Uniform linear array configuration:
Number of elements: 16
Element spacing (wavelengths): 1
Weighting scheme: kaiser
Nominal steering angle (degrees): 15
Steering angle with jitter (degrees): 15.579
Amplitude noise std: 0.05
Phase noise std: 0.05

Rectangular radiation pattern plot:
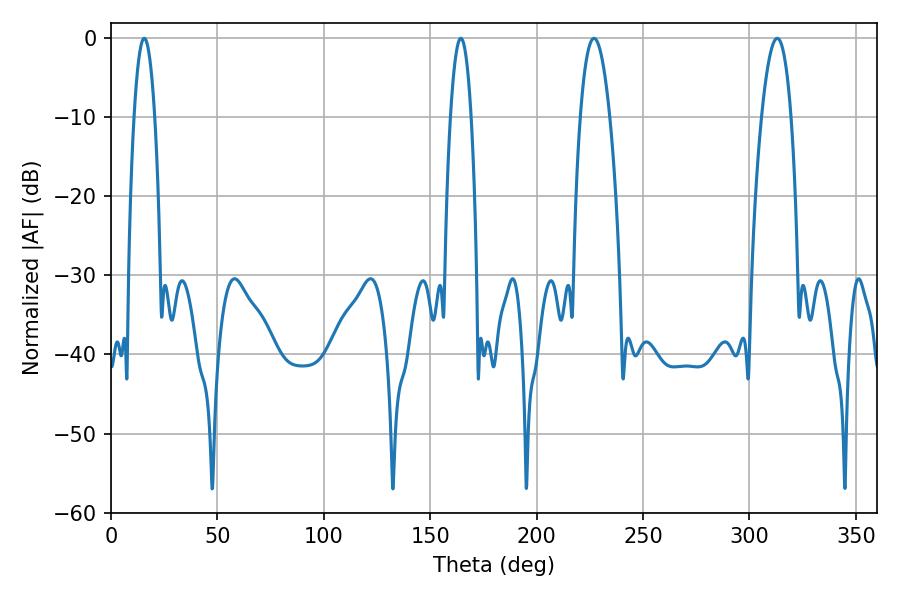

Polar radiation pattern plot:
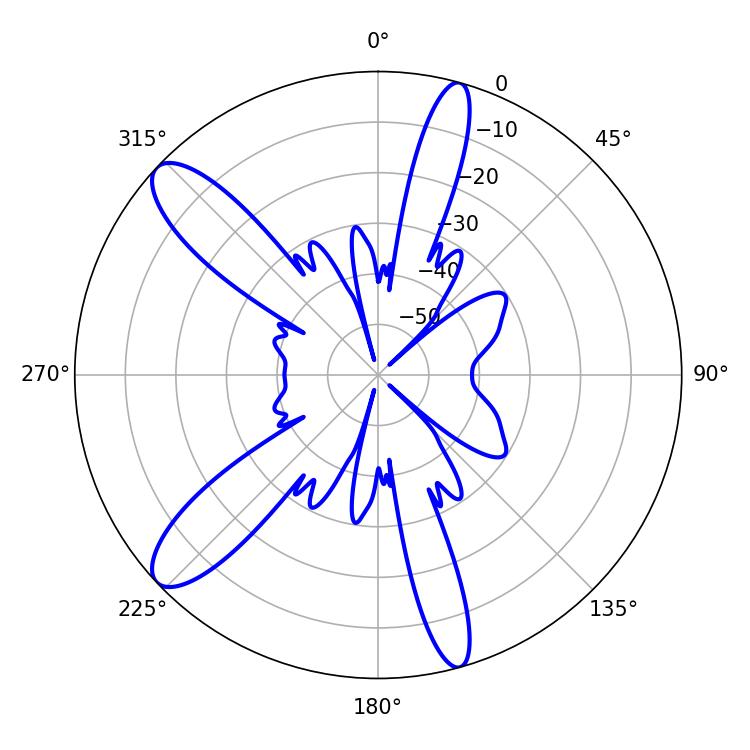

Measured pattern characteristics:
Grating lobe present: TRUE
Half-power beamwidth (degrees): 7.74
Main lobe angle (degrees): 226.98